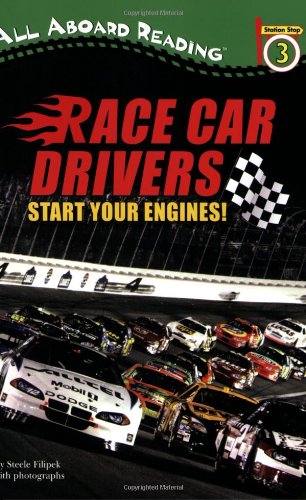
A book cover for Race Car Drivers: Start Your Engines! (All Aboard Reading); Steele Filipek; Children's Books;